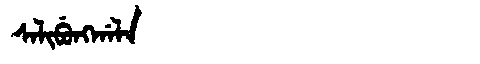
Manchu: ᠰᠠᠯᡳᠪᡠᠩᡤᠠᠯᠠ
Romanization: SALIBUNGGALA